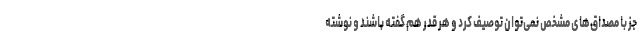
جز با مصداق‌های مشخص نمی‌توان توصیف کرد و هر قدر هم گفته باشند و نوشته